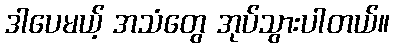
ဒါပေမယ့် အသံတွေ အုပ်သွားပါတယ်။